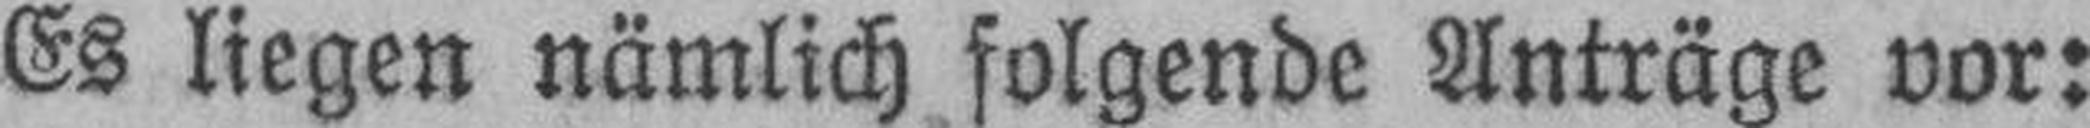
Es liegen nämlich folgende Anträge vor: